Vaccine operations Central Provinces 1886-1899 - 1886-1899
Year: 1886
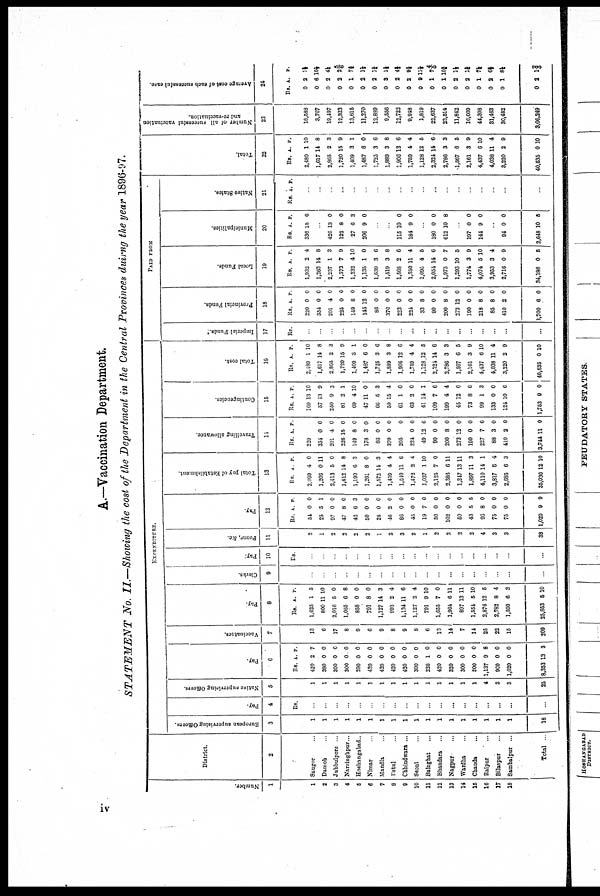
A.—Vaccination Department.
STATEMENT No. II.—Showing the cost of the Department in the Central Provinces duirng the year 1896-97.
Number.
1
1
2
3
4
5
6
7
8
9
10
11
12
13
14
15
16
17
18
District.
2
Saugor ...
Damoh
Jubbulpore ..
Narsinghpur ..
Hoshangabad..
Nimar ...
Mandla ...
Betul ...
Chhindwara ...
Seoni ...
Balaghat ...
Bhandara ...
Nagpur ...
Wardha ...
Chanda ...
Raipur ...
Bilaspur ...
Sambalpur ...
Total ...
EXPENDITURE.
European supervising Officers.
3
1
1
1
1
1
1
1
1
1
1
1
1
1
1
1
1
1
1
18
Pay.
4
Rs.
...
...
...
...
...
...
...
...
...
...
...
...
...
...
...
...
...
...
...
Native supervising Officers.
5
1
1
1
1
1
1
1
1
1
1
1
1
1
1
1
4
3
3
25
Pay.
6
Rs.
420
380
300
300
290
420
420
420
420
300
226
420
320
300
300
1,137
900
1,020
8,353
A.
2
0
0
0
0
0
0
0
0
0
1
0
0
0
0
9
0
0
13
P.
7
0
0
0
0
0
0
0
0
0
0
0
0
0
0
8
0
0
3
Vaccinators.
7
13
6
17
8
9
6
9
8
9
8
6
13
14
7
14
25
22
15
209
Pay.
8
Rs.
1,625
800
2,016
1,065
858
791
1,127
993
1,134
1,127
791
1,655
1,964
897
1,554
2,876
2,782
1,590
25,653
A.
1
11
5
6
0
8
14
2
11
2
9
7
6
13
5
12
8
6
5
P.
5
10
0
8
0
0
3
4
6
4
10
0
11
11
10
5
4
3
10
Clerks.
9
...
...
...
...
...
...
...
...
...
...
...
...
...
...
...
...
...
...
...
Pay.
10
Rs.
...
...
...
...
...
...
...
...
...
...
...
...
...
...
...
...
...
...
...
Peons, &c.
11
2
1
2
2
2
2
1
2
3
2
1
2
2
2
2
4
3
3
38
Pay.
12
Rs.
54
25
97
47
42
50
25
46
86
45
19
50
102
50
43
96
75
75
1,029
A.
0
5
0
8
6
0
0
2
0
0
7
0
0
0
5
8
0
0
9
P.
0
1
0
0
3
0
0
0
0
0
0
0
0
0
5
0
0
0
9
Total pay of Establishment
13
Rs.
2,099
1,206
2,413
1,412
1,190
1,261
1,572
1,459
1,640
1,472
1,037
2,125
2,386
1,247
1,897
4,110
3,817
2,685
35,036
A.
4
0
5
14
0
8
14
4
11
2
1
7
6
13
11
14
8
6
12
P.
0
11
0
8
3
0
3
4
6
4
10
0
11
11
3
1
4
3
10
Travelling allowance
14
Rs.
220
354
201
226
149
178
86
370
205
224
49
90
200
273
190
227
88
410
3,744
A.
0
4
15
8
3
0
0
0
12
0
8
12
0
7
3
2
11
P.
0
0
0
0
0
0
0
0
0
6
0
0
0
0
6
0
0
0
Contingencies.
15
Rs.
169
57
250
81
69
47
66
59
61
63
41
109
199
45
73
99
133
124
1,753
A.
13
16
9
2
4
11
5
15
1
2
14
7
4
12
8
1
0
10
9
P.
10
9
3
1
10
0
3
4
0
0
1
6
4
0
6
3
0
6
0
Total cost.
16
Rs.
2,489
1,617
2,805
1,720
1,409
1,487
1,725
1,889
1,906
1,759
1,128
2,324
2,786
1,567
2,161
4,437
4,038
3,220
40,535
A.
1
14
2
15
3
6
3
3
12
4
12
14
3
6
3
6
11
2
0
P.
10
8
3
9
1
0
6
8
6
4
5
6
3
5
9
10
4
9
10
PAID FROM
Imperial Funds.
17
Rs.
...
...
...
...
...
...
...
...
...
...
...
...
...
...
...
...
...
...
...
Provincial Funds.
18
Rs.
220
354
201
225
149
145
86
370
223
224
33
90
200
273
190
218
85
410
3,700
A.
0
0
4
0
8
12
0
0
0
0
8
0
8
12
0
8
8
2
6
P.
0
0
0
0
0
0
0
0
0
0
0
0
0
0
0
0
0
0
0
Local Funds.
19
Rs.
1,932
1,263
2,237
1,373
1,232
1,135
1,639
1,519
1,568
1,350
1,095
2,054
1,973
1,293
1,774
4,074
3,953
2,716
34,186
A.
2
14
1
7
4
1
3
3
2
11
4
14
0
10
3
5
3
0
0
P.
4
8
3
9
10
0
6
8
6
4
5
6
7
5
9
10
4
9
5
Municipalities.
20
Rs.
336
A.
15
P.
6
...
426
122
27
206
13
8
6
9
0
0
3
0
...
...
115
184
10
9
0
0
...
180
612
0
10
0
8
...
197
144
0
9
0
0
...
94
2,648
0
10
0
5
Native States.
21
Rs A. P.
...
...
...
...
...
..
...
...
...
...
...
...
...
...
...
...
...
...
...
Total.
22
Rs.
2,489
1,617
2,865
1,720
1,409
1,487
1,725
1,889
1,906
1,759
1,128
2,324
2,786
1,567
2,161
4,437
4,038
3,220
40,535
A.
1
14
2
15
3
6
3
3
12
4
12
14
3
6
3
6
11
2
0
P.
10
8
3
9
1
0
6
8
6
4
5
6
3
5
9
10
4
9
10
Number of all successful vaccination
and re-vaccination.
23
18,588
3,767
19,497
12,323
13,615
11,270
12,889
9,556
12,722
9,948
1,819
22,637
23,514
11,842
16,009
44,308
31,463
30,482
3,06,249
Average cost of each successful case.
24
Rs.
0
0
0
0
0
0
0
0
0
0
0
0
0
0
0
0
0
0
0
A.
2
6
2
2
1
2
2
3
2
2
9
1
1
2
2
1
2
1
2
P.
1 ½
10½
4½
2 5/6
7 ¾
1½
1¾
1½
4 ½
9¾
11½
7 4/5
10½
1½
1¾
7¼
0½
8¼
1 2/5
iv